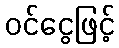
ဝင်ငွေဖြင့်